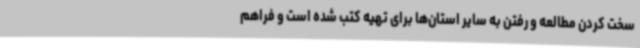
سخت کردن مطالعه و رفتن به سایر استان‌ها برای تهیه کتب شده است و فراهم